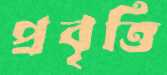
প্রবৃত্তি